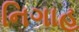
નિગાહ